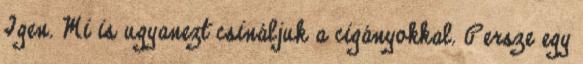
Igen. Mi is ugyanezt csináljuk a cigányokkal. Persze egy